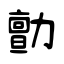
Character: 勯